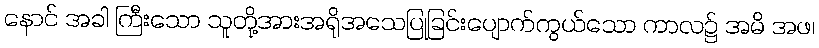
နောင် အခါ ကြီးသော သူတို့အားအရိုအသေပြုခြင်းပျောက်ကွယ်သော ကာလ၌ အမိ အဖ၊